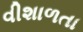
વીશાળતા